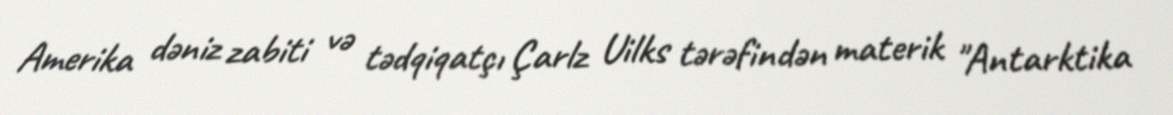
Amerika dəniz zabiti və tədqiqatçı Çarlz Uilks tərəfindən materik "Antarktika